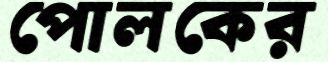
পোলকের